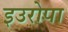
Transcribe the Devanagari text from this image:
इउरोपा